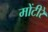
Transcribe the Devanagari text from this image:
मोंटीरे